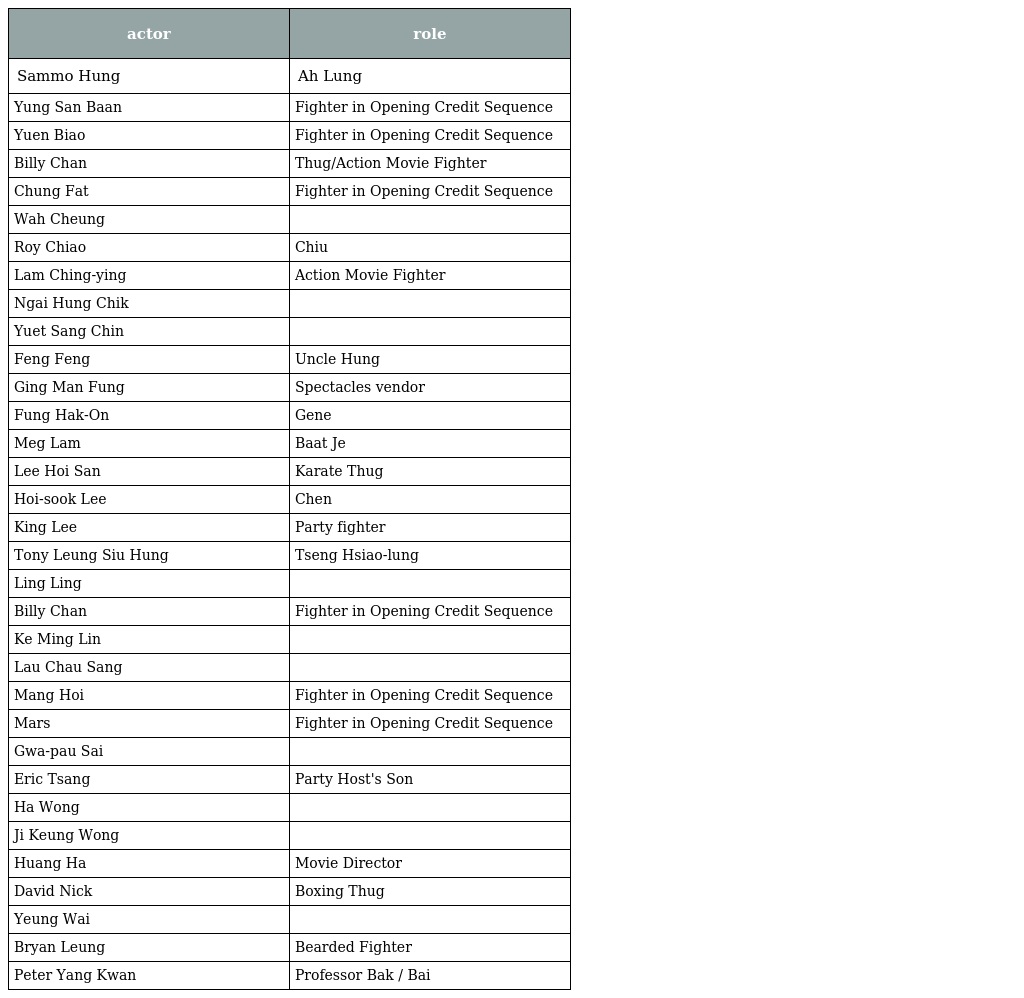
| actor | role |
 | --- | --- |
 | Sammo Hung | Ah Lung |
 | Yung San Baan | Fighter in Opening Credit Sequence |
 | Yuen Biao | Fighter in Opening Credit Sequence |
 | Billy Chan | Thug/Action Movie Fighter |
 | Chung Fat | Fighter in Opening Credit Sequence |
 | Wah Cheung |  |
 | Roy Chiao | Chiu |
 | Lam Ching-ying | Action Movie Fighter |
 | Ngai Hung Chik |  |
 | Yuet Sang Chin |  |
 | Feng Feng | Uncle Hung |
 | Ging Man Fung | Spectacles vendor |
 | Fung Hak-On | Gene |
 | Meg Lam | Baat Je |
 | Lee Hoi San | Karate Thug |
 | Hoi-sook Lee | Chen |
 | King Lee | Party fighter |
 | Tony Leung Siu Hung | Tseng Hsiao-lung |
 | Ling Ling |  |
 | Billy Chan | Fighter in Opening Credit Sequence |
 | Ke Ming Lin |  |
 | Lau Chau Sang |  |
 | Mang Hoi | Fighter in Opening Credit Sequence |
 | Mars | Fighter in Opening Credit Sequence |
 | Gwa-pau Sai |  |
 | Eric Tsang | Party Host's Son |
 | Ha Wong |  |
 | Ji Keung Wong |  |
 | Huang Ha | Movie Director |
 | David Nick | Boxing Thug |
 | Yeung Wai |  |
 | Bryan Leung | Bearded Fighter |
 | Peter Yang Kwan | Professor Bak / Bai |